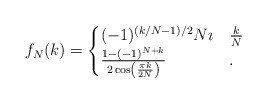
\begin{align*}f_{N}(k) = \begin{cases}(-1)^{(k/N - 1)/2}N \imath & \tfrac{k}{N} \\\frac{ 1 - (-1)^{N+k}}{2 \cos \left( \frac{\pi k}{2N} \right) }& . \end{cases}\end{align*}